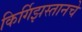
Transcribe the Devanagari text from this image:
किर्गिझस्तानचे